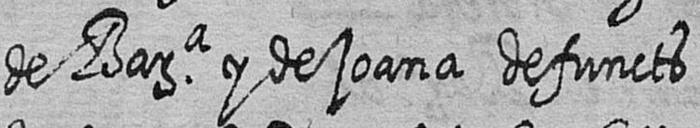
de Bara y de joana defuncts